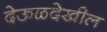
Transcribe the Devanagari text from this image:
देऊळदेखील